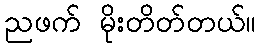
ညဖက် မိုးတိတ်တယ်။